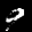
Label: 9